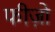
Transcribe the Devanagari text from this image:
फीज़ो